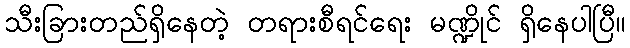
သီးခြားတည်ရှိနေတဲ့ တရားစီရင်ရေး မဏ္ဍိုင် ရှိနေပါပြီ။